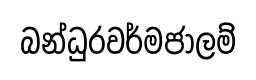
බන්ධුරවර්මජාලම්